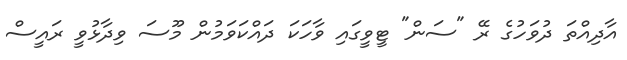
އާދިއްތަ ދުވަހުގެ ރޭ "ސަން" ޓީވީގައި ވާހަކަ ދައްކަވަމުން މޫސަ ވިދާޅުވީ ރައީސް